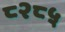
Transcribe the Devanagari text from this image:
८२८५